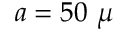
a = 5 0 ~ \mu